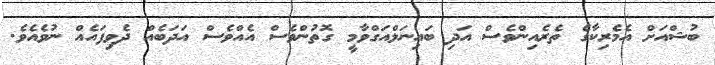
ބުޝްއަށް އެމެރިކާގެ ތެރެއިންވެސް އަދި ބައިނަލްއަގްވާމީ ގޮތުންވެސް އެއްވެސް އަދަބެއް ދެވިފައެއް ނުވެއެވެ.